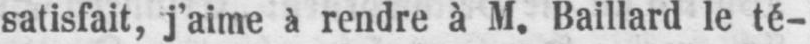
satisfait, j’aime à rendre à M. Baillard le té-